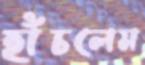
হাঁচলেম